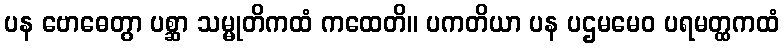
ပန ဗောဓေတွာ ပစ္ဆာ သမ္မုတိကထံ ကထေတိ။ ပကတိယာ ပန ပဌမမေဝ ပရမတ္ထကထံ